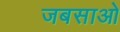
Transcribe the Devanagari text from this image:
जबसाओ